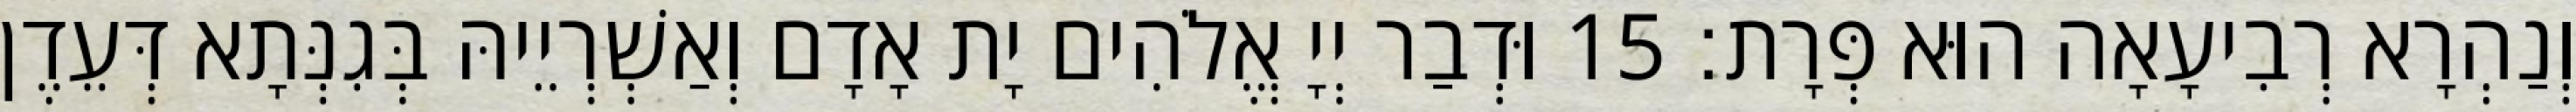
וְנַהְרָא רְבִיעָאָה הוּא פְּרָת׃ 15 וּדְבַר יְיָ אֱלֹהִים יָת אָדָם וְאַשְׁרְיֵיהּ בְּגִנְּתָא דְּעֵדֶן